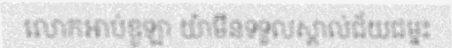
លោកអាប់ឌូឡា យ៉ាមីនទទួលស្គាល់ជ័យជម្នះ